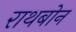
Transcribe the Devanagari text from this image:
राथबोन